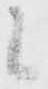
候